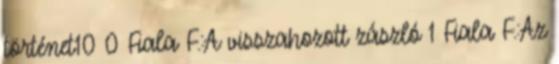
történet10 0 Fiala F.:A visszahozott zászló 1 Fiala F.:Az